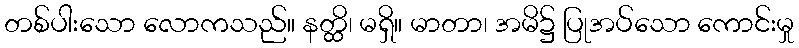
တစ်ပါးသော လောကသည်။ နတ္ထိ၊ မရှိ။ မာတာ၊ အမိ၌ ပြုအပ်သော ကောင်းမှု